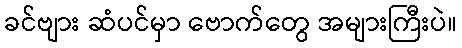
ခင်ဗျား ဆံပင်မှာ ဗောက်တွေ အများကြီးပဲ။